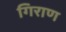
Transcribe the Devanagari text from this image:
गिराण